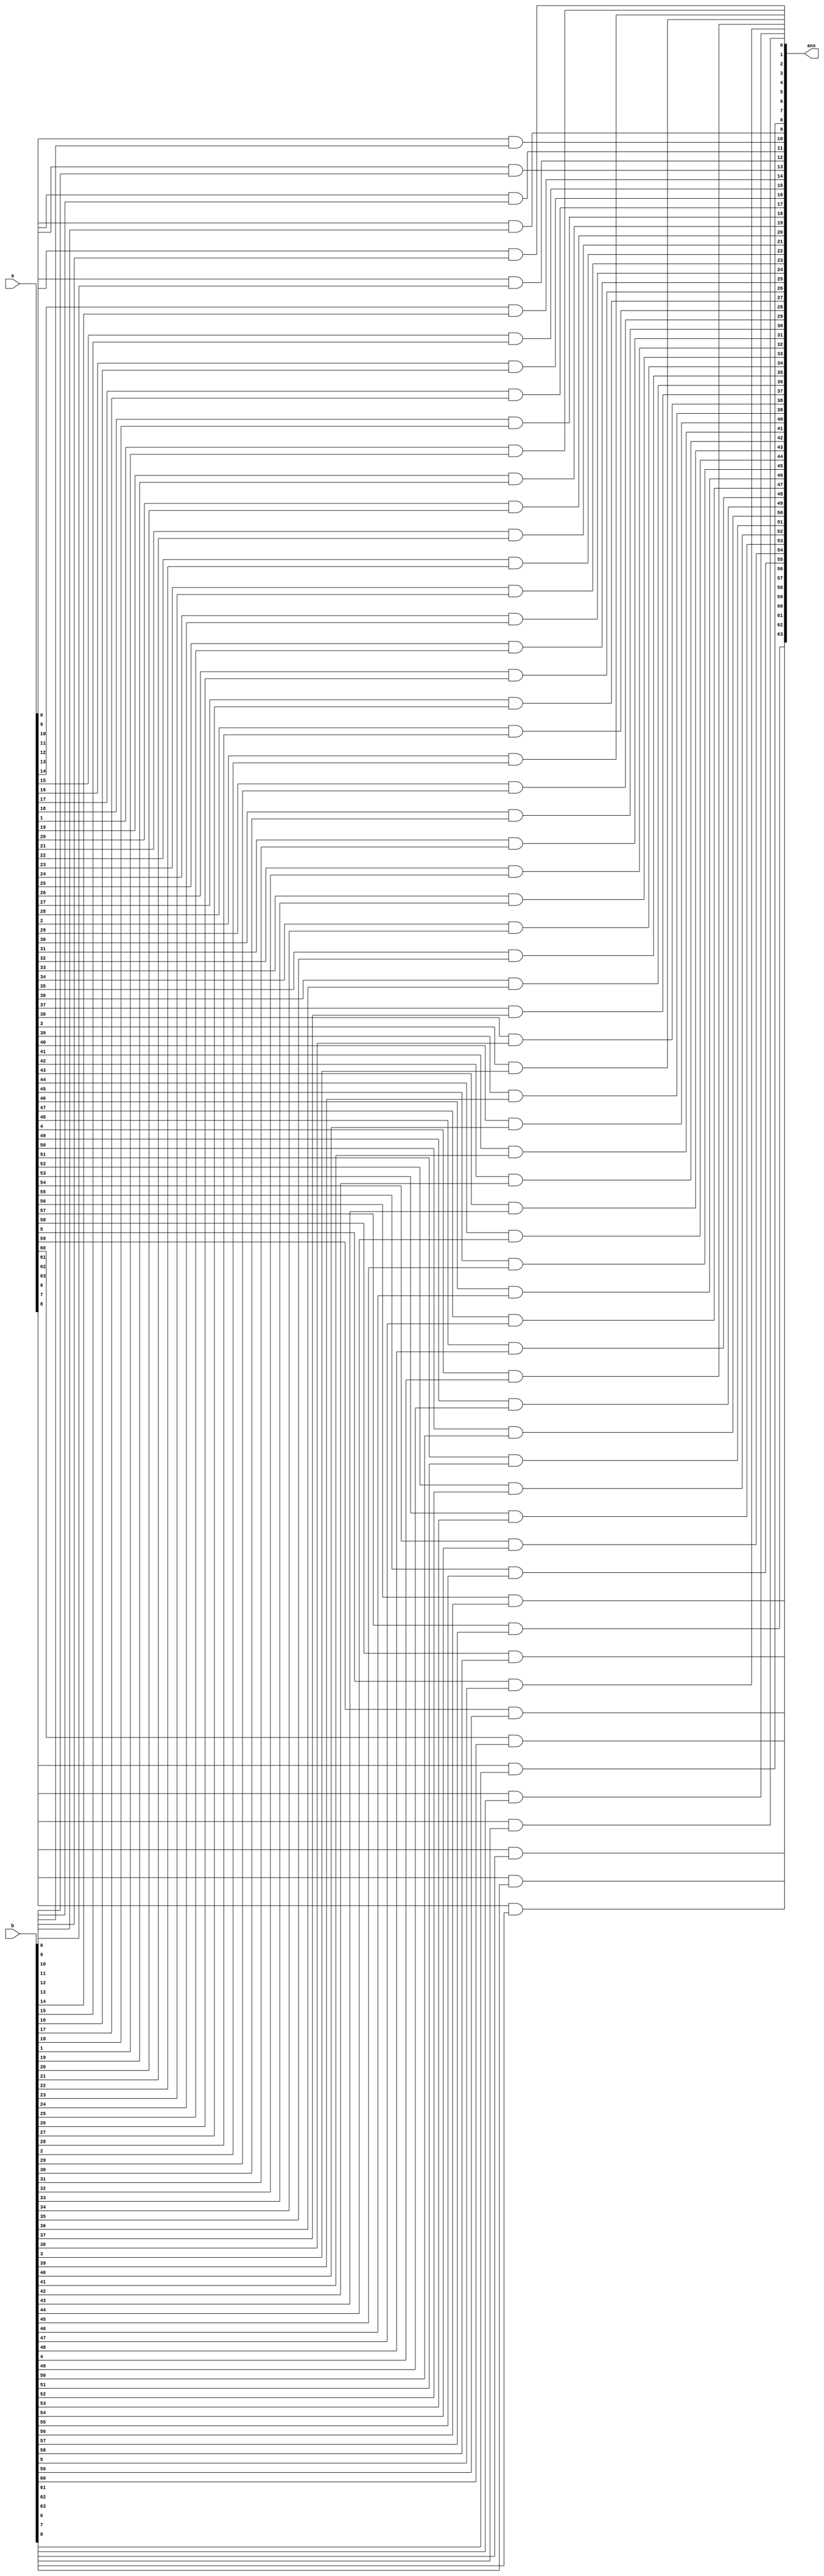
`timescale 1ns/1ps

module and_64(ans,a,b);

input signed [63:0] a;
input signed [63:0] b;

output signed [63:0] ans;


genvar i;

generate for(i=0;i<=63;i=i+1)
begin
    
    and g1 (ans[i],a[i],b[i]); 

end
endgenerate

endmodule